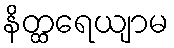
နိတ္ထရေယျာမ